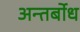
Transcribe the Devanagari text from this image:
अन्तर्बोध